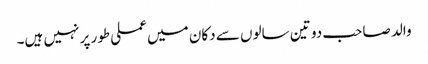
والد صاحب دو تین سالوں سے دکان میں عملی طور پر نہیں ہیں۔